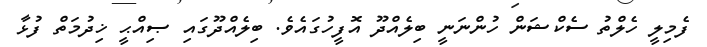
ފެމިލީ ހެލްތު ސެކްޝަން ހުންނަނީ ބިލެއްދޫ އޮފީހުގައެވެ. ބިލެއްދޫގައި ޞިއްޙީ ޚިދުމަތް ފުޅާ